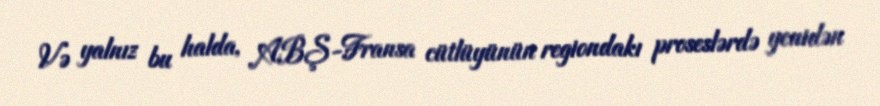
Və yalnız bu halda, ABŞ-Fransa cütlüyünün regiondakı proseslərdə yenidən